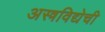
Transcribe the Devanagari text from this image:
अस्त्रविद्येची